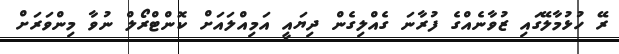
ރޭ ހުޅުމާލޭގައި ޒުވާނެއްގެ ފުރާނަ ގެއްލިގެން ދިޔައީ އަމިއްލައަށް ކޮންޓްރޯލް ނުވާ މިންވަރަށް